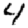
Digit: 4